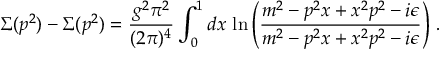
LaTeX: \Sigma ( p ^ { 2 } ) - \Sigma ( p ^ { 2 } ) = \frac { g ^ { 2 } \pi ^ { 2 } } { ( 2 \pi ) ^ { 4 } } \int _ { 0 } ^ { 1 } d x \, \ln \left( \frac { m ^ { 2 } - p ^ { 2 } x + x ^ { 2 } p ^ { 2 } - i \epsilon } { m ^ { 2 } - p ^ { 2 } x + x ^ { 2 } p ^ { 2 } - i \epsilon } \right) \, .